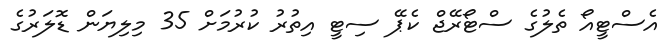
އެސްޓީއޯ ތެލުގެ ސްޓޯރޭޖް ކެޕޭ ސިޓީ އިތުރު ކުރުމަށް 35 މިލިޔަން ޑޮލަރުގެ